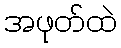
အဖုတ်ထဲ